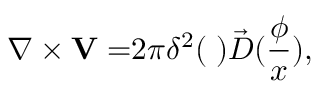
\nabla \times { \bf V = } 2 \pi \delta ^ { 2 } ( { \bf \phi } ) \vec { D } ( \frac \phi x ) ,